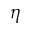
\eta